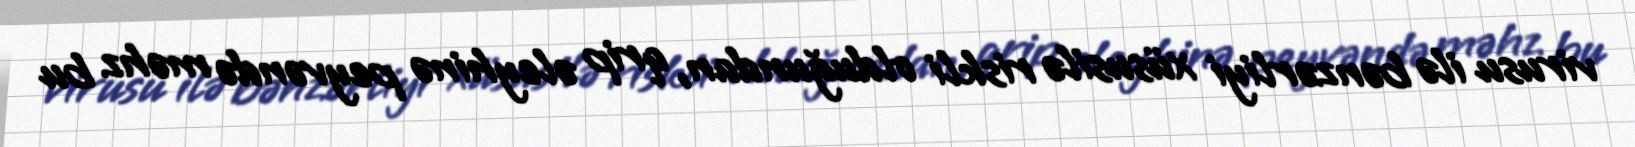
virusu ilə bənzərliyi xüsusilə riskli olduğundan, qrip əleyhinə peyvəndə məhz bu